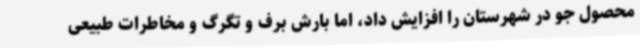
محصول جو در شهرستان را افزایش داد، اما بارش برف و تگرگ و مخاطرات طبیعی